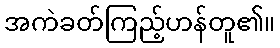
အကဲခတ်ကြည့်ဟန်တူ၏။